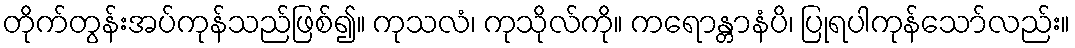
တိုက်တွန်းအပ်ကုန်သည်ဖြစ်၍။ ကုသလံ၊ ကုသိုလ်ကို။ ကရောန္တာနံပိ၊ ပြုရပါကုန်သော်လည်း။